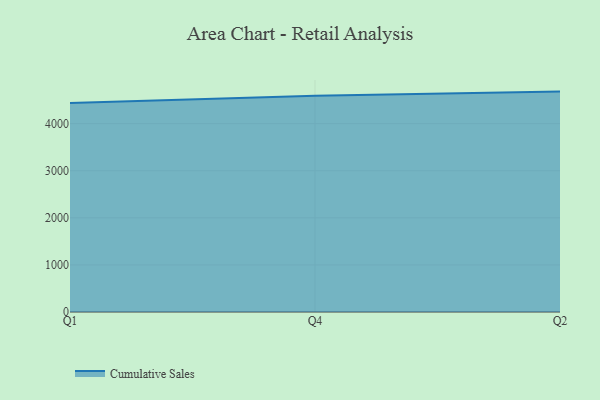
{"axis": {"x": "Quarter", "y": "Demand Index"}, "legend": ["Cumulative Sales"], "data": [{"x": "Q1", "y": 4439.8, "type": "Cumulative Sales"}, {"x": "Q4", "y": 4592.4, "type": "Cumulative Sales"}, {"x": "Q2", "y": 4680.6, "type": "Cumulative Sales"}]}